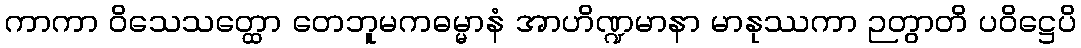
ကာကာ ဝိသေသတ္ထော တေဘူမကဓမ္မာနံ အာဟိဏ္ဍမာနာ မာနုဿကာ ဉတွာတိ ပဝိဋ္ဌေပိ